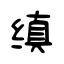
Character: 缜